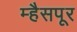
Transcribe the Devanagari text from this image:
म्हैसपूर